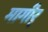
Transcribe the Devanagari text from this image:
मागीर्